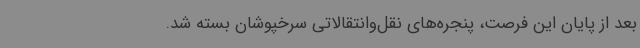
بعد از پایان این فرصت، پنجره‌های نقل‌وانتقالاتی سرخپوشان بسته شد.